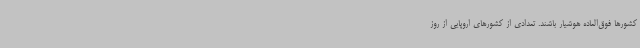
کشورها فوق‌العاده هوشیار باشند. تعدادی از کشورهای اروپایی از روز